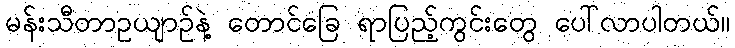
မန်းသီတာဥယျာဉ်နဲ့ တောင်ခြေ ရာပြည့်ကွင်းတွေ ပေါ်လာပါတယ်။